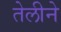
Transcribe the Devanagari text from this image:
तेलीने